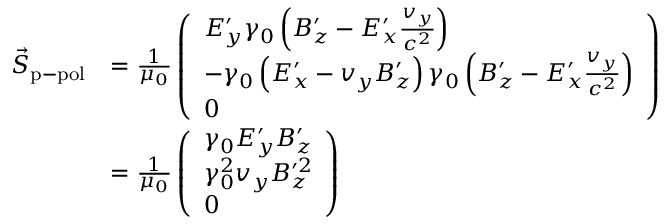
\begin{array} { r l } { \vec { S } _ { \mathrm { p - p o l } } } & { = \frac { 1 } { \mu _ { 0 } } \left( \begin{array} { l } { E _ { y } ^ { \prime } \gamma _ { 0 } \left( B _ { z } ^ { \prime } - E _ { x } ^ { \prime } \frac { v _ { y } } { c ^ { 2 } } \right) } \\ { - \gamma _ { 0 } \left( E _ { x } ^ { \prime } - v _ { y } B _ { z } ^ { \prime } \right) \gamma _ { 0 } \left( B _ { z } ^ { \prime } - E _ { x } ^ { \prime } \frac { v _ { y } } { c ^ { 2 } } \right) } \\ { 0 } \end{array} \right) } \\ & { = \frac { 1 } { \mu _ { 0 } } \left( \begin{array} { l } { \gamma _ { 0 } E _ { y } ^ { \prime } B _ { z } ^ { \prime } } \\ { \gamma _ { 0 } ^ { 2 } v _ { y } B _ { z } ^ { \prime 2 } } \\ { 0 } \end{array} \right) } \end{array}